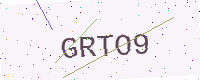
Text: GRTO9